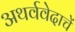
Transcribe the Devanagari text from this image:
अथर्ववेदाचें